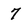
Character: 7